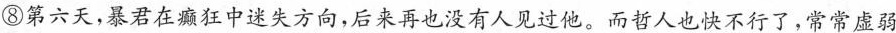
⑧第六天，暴君在癫狂中迷失方向，后来再也没有人见过他。而哲人也快不行了，常常虚弱